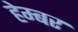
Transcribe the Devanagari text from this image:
हेम्बर